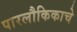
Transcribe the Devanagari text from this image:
पारलौकिकाचे